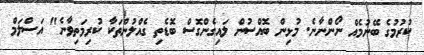
ކުރުމުގެ ބޭނުމެއް ނޯންނާނެ. މުޅިން ބޮއްސުން ލައިގެންގޮސް ބޮޑެތި ގެއްލުންތަކާ ކުރިމަތިވާނެ" އަސްލަމް